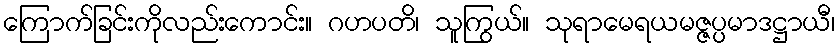
ကြောက်ခြင်းကိုလည်းကောင်း။ ဂဟပတိ၊ သူကြွယ်။ သုရာမေရယမဇ္ဇပ္ပမာဒဋ္ဌာယီ၊